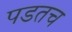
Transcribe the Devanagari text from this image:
पडतच